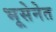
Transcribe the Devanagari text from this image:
भूसेनेत